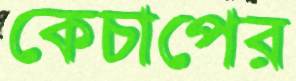
কেচাপের